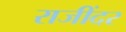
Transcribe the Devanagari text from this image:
राजींदर